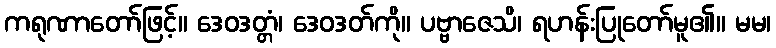
ကရုဏာတော်ဖြင့်။ ဒေဝဒတ္တံ၊ ဒေဝဒတ်ကို။ ပဗ္ဗာဇေသိ၊ ရဟန်းပြုတော်မူ၏။ မမ၊